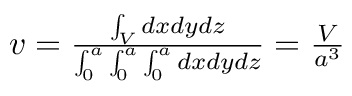
\begin{array} { r } { v = { { \frac { \int _ { V } d x d y d z } { \int _ { 0 } ^ { a } \int _ { 0 } ^ { a } \int _ { 0 } ^ { a } d x d y d z } } } = { \frac { V } { a ^ { 3 } } } } \end{array}